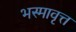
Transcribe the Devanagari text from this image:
भस्मावृत्त